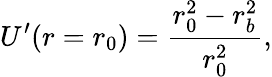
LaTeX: U^{\prime}(r=r_{0})=\frac{r_{0}^{2}-r_{b}^{2}}{r_{0}^{2}},